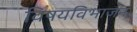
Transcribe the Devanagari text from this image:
विषयविभाजन